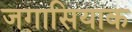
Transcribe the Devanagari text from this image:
जगासियाक